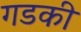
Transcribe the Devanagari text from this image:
गडकी